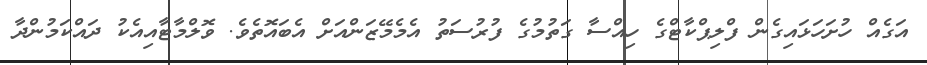
އަގެއް ހުށަހަޅައިގެން ފްލިޕްކާޓްގެ ހިއްސާ ގަތުމުގެ ފުރުސަތު އެމެމޭޒަންއަށް އެބައޮތެވެ. ވޮލްމާޓާއިއެކު ދައްކަމުންދާ